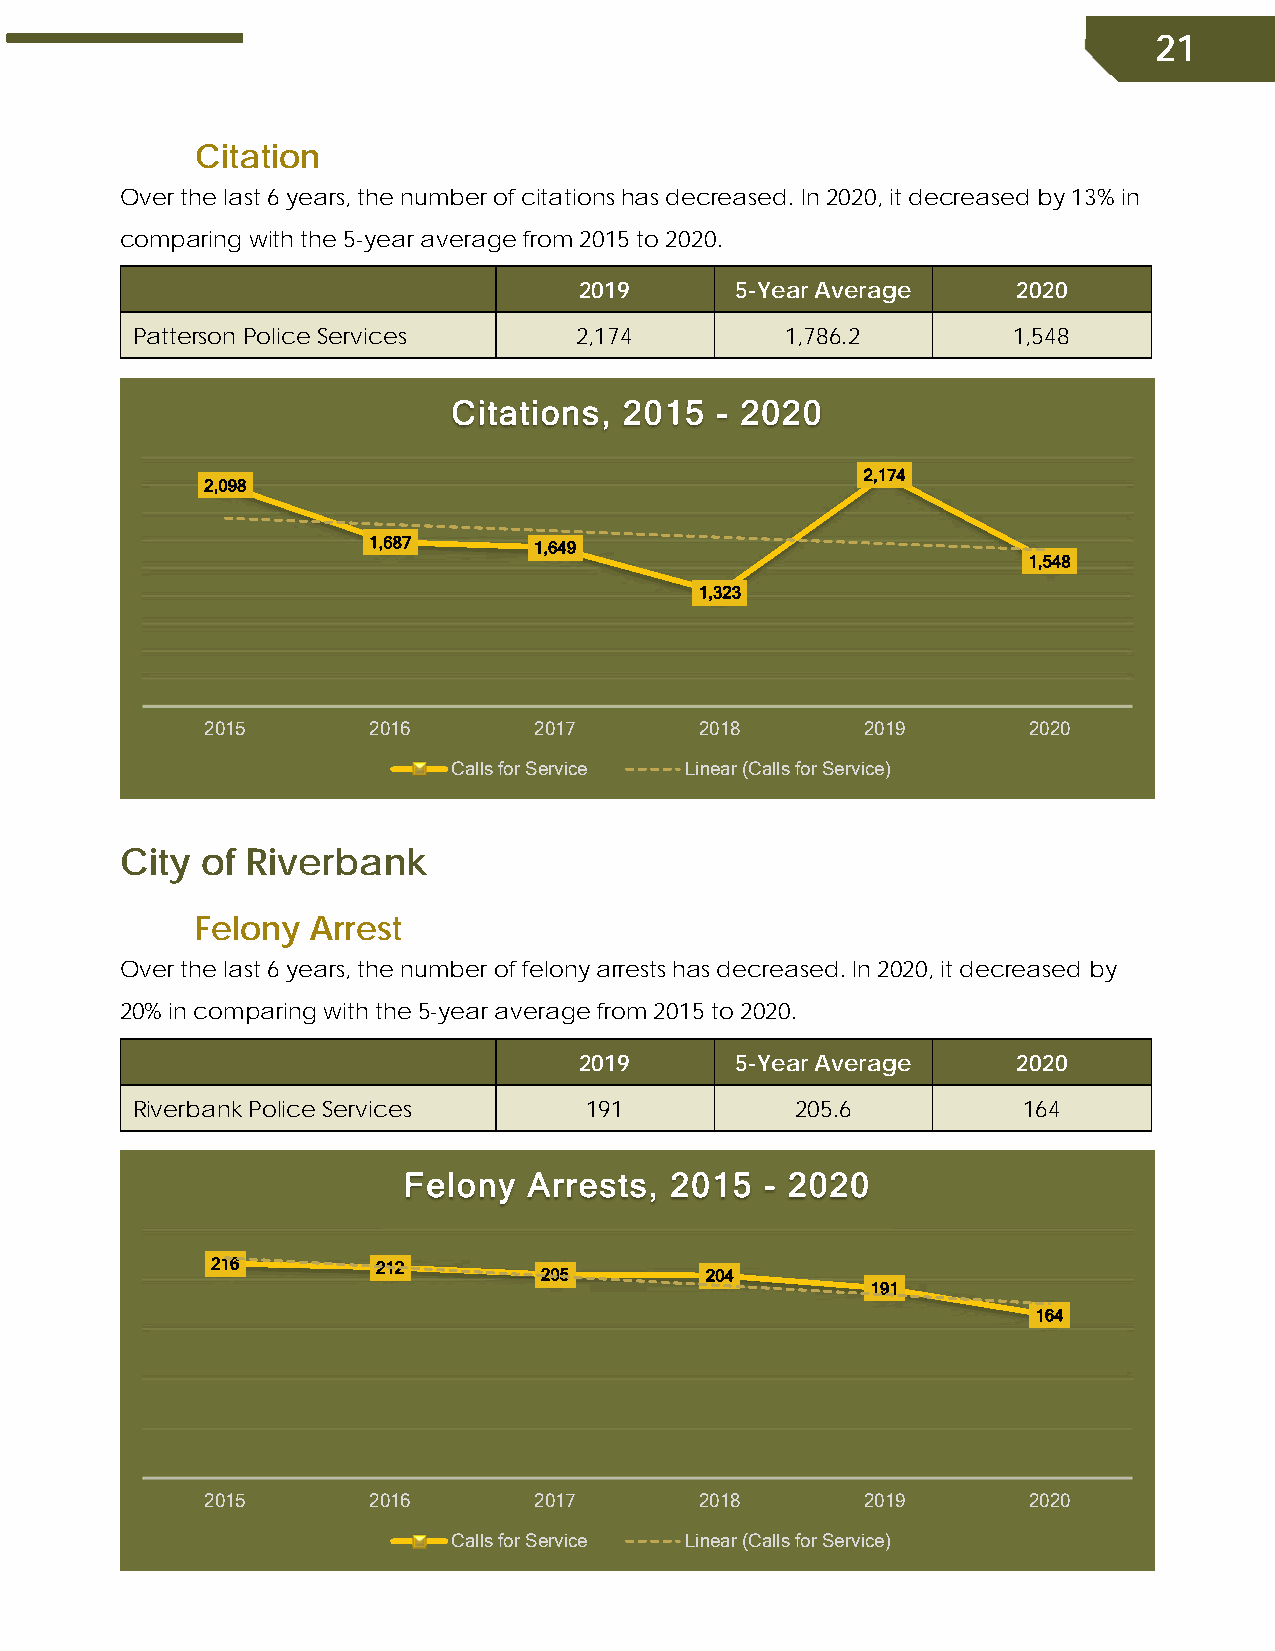
21
 Citation
 Over the last 6 years, the number of citations has decreased. In 2020, it decreased by 13% in
 comparing with the 5-year average from 2015 to 2020.
 2019       5-Year Average    2020
 Patterson Police Services    2,174         1,786.2        1,548
 Citations, 2015  - 2020
 2,174
 2,098
 1,687      1,649
 1,548
 1,323
 2015      2016       2017       2018       2019       2020
 Calls for Service Linear (Calls for Service)
 City of Riverbank
 Felony  Arrest
 Over the last 6 years, the number of felony arrests has decreased. In 2020, it decreased by
 20% in comparing with the 5-year average from 2015 to 2020.
 2019       5-Year Average    2020
 Riverbank Police Services     191           205.6          164
 Felony  Arrests, 2015   - 2020
 216        212
 205        204
 191
 164
 2015      2016       2017       2018       2019       2020
 Calls for Service Linear (Calls for Service)